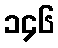
၁၄၆